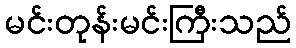
မင်းတုန်းမင်းကြီးသည်